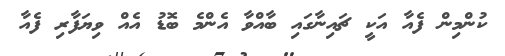
ކުންމިން ފެއާ އަކީ ޗައިނާގައި ބާއްވާ އެންމެ ބޮޑު އެއް ވިޔަފާރި ފެއާ